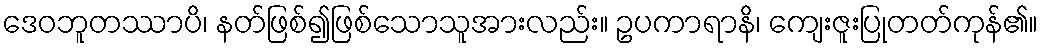
ဒေဝဘူတဿာပိ၊ နတ်ဖြစ်၍ဖြစ်သောသူအားလည်း။ ဥပကာရာနိ၊ ကျေးဇူးပြုတတ်ကုန်၏။